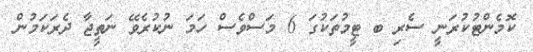
ކޮމެންޓުކުރަނީ ސެރި ބ ޓީމުތަކުގަ 6 މަސްވެސް ހަމަ ނުކުރެވޭ ނަތީޖާ ދެރަކަމުން